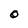
Character: O